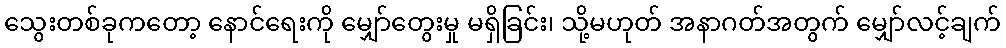
သွေးတစ်ခုကတော့ နောင်ရေးကို မျှော်တွေးမှု မရှိခြင်း၊ သို့မဟုတ် အနာဂတ်အတွက် မျှော်လင့်ချက်